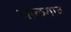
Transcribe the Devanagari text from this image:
जाळगाव